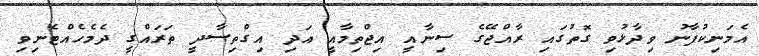
އެމަނިކުފާނު ވިދާޅުވި ގޮތުގައި ރާއްޖޭގެ ސިނާއީ އިޖްތިމާއީ އަދި އިގްތިސާދީ ތަރައްގީ ދެމެހެއްޓެނިވި